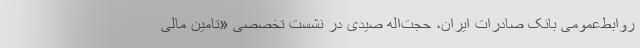
روابط‌عمومی بانک صادرات ایران، حجت‌اله صیدی در نشست تخصصی «تامین مالی